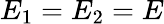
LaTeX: E_{1}=E_{2}=E